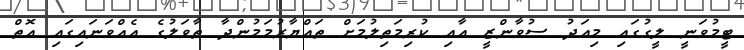
ޓީމުވަނީ ލީގުގައި މިއަދު ސުވާންޒީ އާއި ކުރިމަތިލުމަށް ތައްޔާރުމަމުންދާ ތާވަލުގެ އެއްވަނައިގައި އޮތް